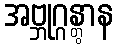
အဗ္ဘုဂ္ဂန္တွာန